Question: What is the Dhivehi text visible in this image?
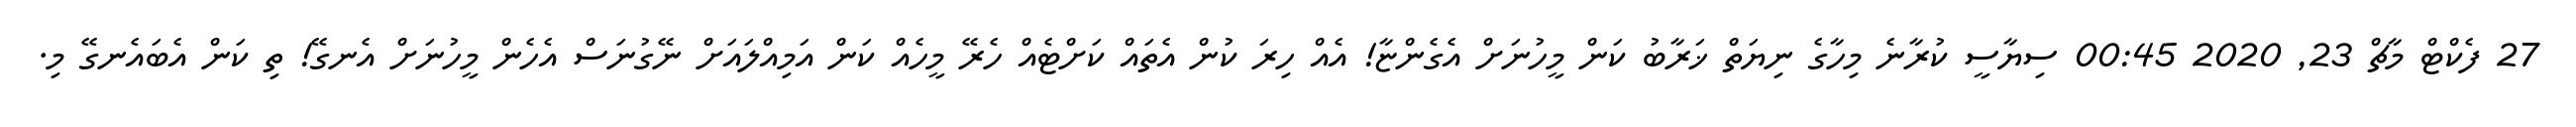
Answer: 27 ފެކްޓް މާޗް 23, 2020 00:45 ސިޔާސީ ކުރާނެ މިހާގެ ނިޔަތް ޚަރާބު ކަން މީހުނަށް އެގެންޏާ! އެއް ހިރަ ކުން އެތައް ކަށްޓެއް ހެރޭ މީހެއް ކަން އަމިއްލައަށް ނޭގުނަސް އެހެން މީހުނަށް އެނގޭ! ތި ކަން އެބައެނގޭ މި.